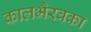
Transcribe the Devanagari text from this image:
कालभैरवका